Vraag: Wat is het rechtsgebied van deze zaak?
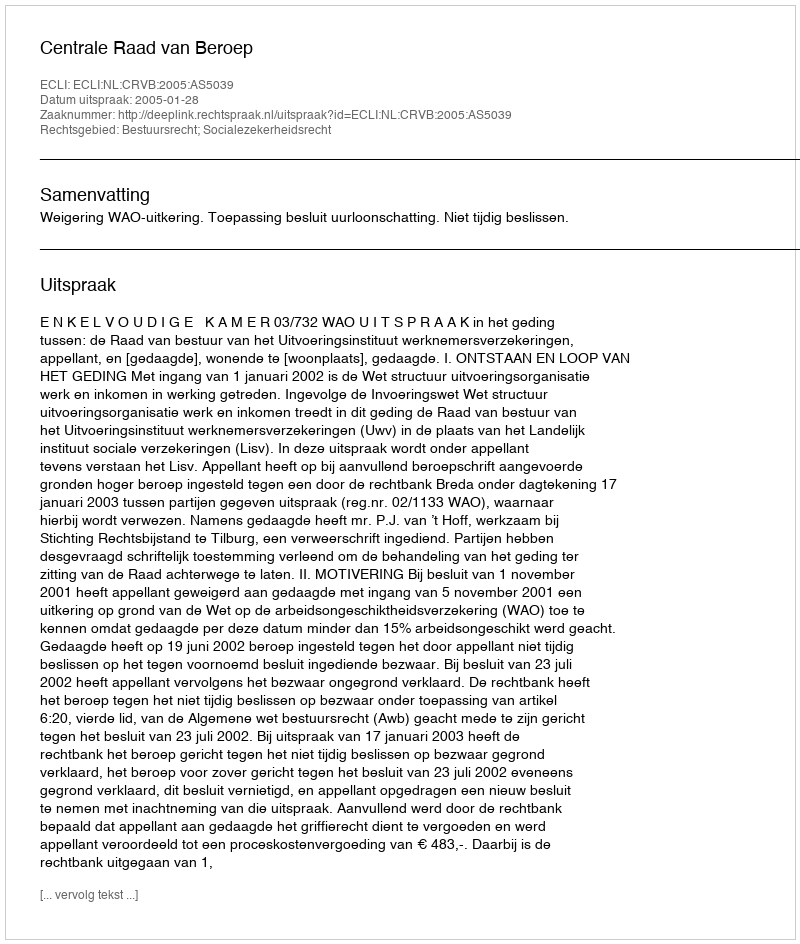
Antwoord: Bestuursrecht; Socialezekerheidsrecht